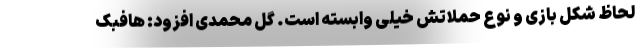
لحاظ شکل بازی و نوع حملاتش خیلی وابسته است. گل محمدی افزود: هافبک